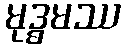
မုဒ္ဓမဿ